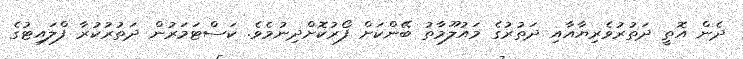
ދެން އޮތީ ދަތުރުވެރިޔާއާއި ދަތުރުގެ މައުލޫމާތު ބޭންކަށް ފޯރުކޮށްދިނުމެވެ. ކަސްޓަމަރުން ދަތުރުކުރާ ފްލައިޓުގެ